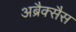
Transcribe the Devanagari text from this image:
अब्रैक्सैस